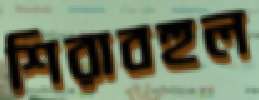
শিরাবহুল